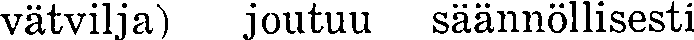
vätvilja) joutuu säännöllisesti